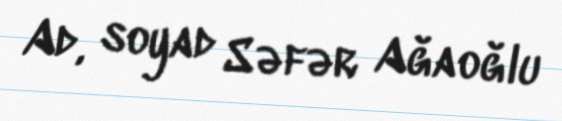
Ad, soyad Səfər Ağaoğlu